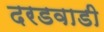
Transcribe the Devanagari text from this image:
दरडवाडी